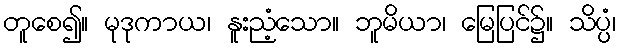
တူစေ၍။ မုဒုကာယ၊ နူးညံ့သော။ ဘူမိယာ၊ မြေပြင်၌။ သိပ္ပံ၊